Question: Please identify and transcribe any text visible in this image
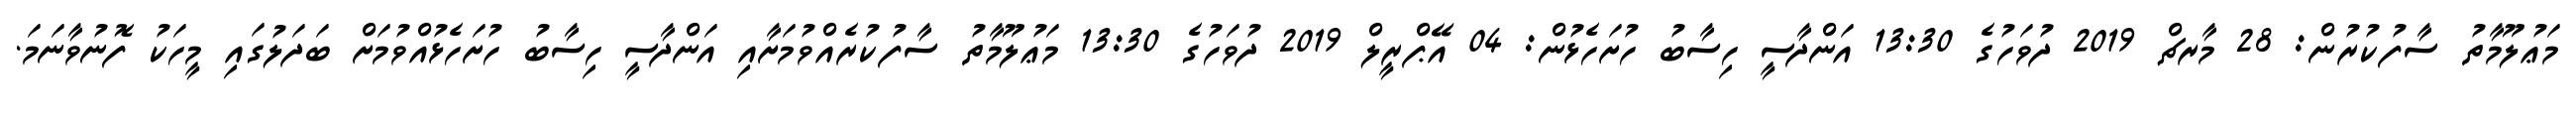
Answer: މަޢުލޫމާތު ސާފުކުރުން: 28 މާރޗް 2019 ދުވަހުގެ 13:30 އަންދާސީ ހިސާބު ހުށަހެޅުން: 04 އޭޕްރީލް 2019 ދުވަހުގެ 13:30 މަޢުލޫމާތު ސާފުކުރެއްވުމަށާއި އަންދާސީ ހިސާބު ހުށަހެޅުއްވުމަށް ބަދަލުގައި މީހަކު ފޮނުވާނަމަ.